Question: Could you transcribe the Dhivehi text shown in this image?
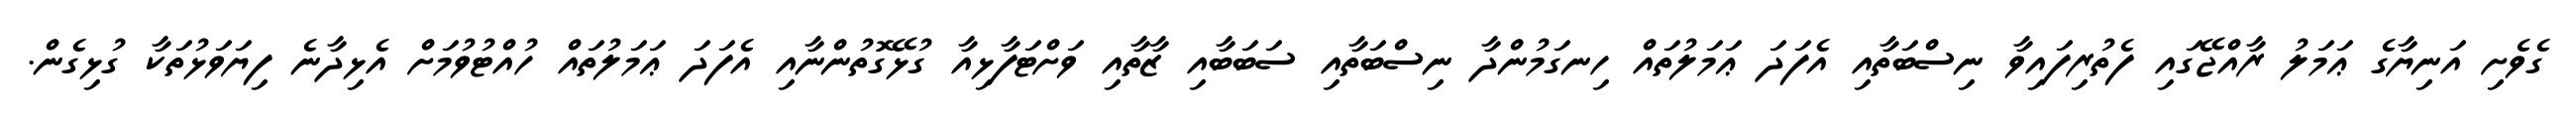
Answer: ގެވެށި އަނިޔާގެ ޢަމަލު ރާއްޖޭގައި ފެތުރިފައިވާ ނިސްބަތާއި އެފަދަ ޢަމަލުތައް ހިނގަމުންދާ ނިސްބަތާއި ސަބަބާއި ޒާތާއި ވަށްޓަފާޅިއާ ގުޅޭގޮތުންނާއި އެފަދަ ޢަމަލުތައް ހުއްޓުވުމަށް އެޅިދާނެ ފިޔަވަޅުތަކާ ގުޅިގެން.